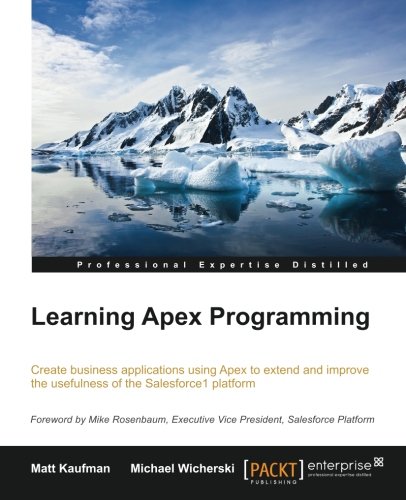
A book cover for Learning Apex Programming; Matt Kaufman; Computers & Technology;